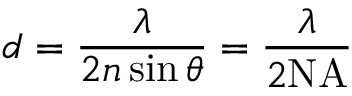
d = { \frac { \lambda } { 2 n \sin \theta } } = { \frac { \lambda } { 2 \mathrm { N A } } }